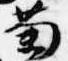
菊